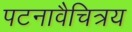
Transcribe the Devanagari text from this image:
पटनावैचित्रय